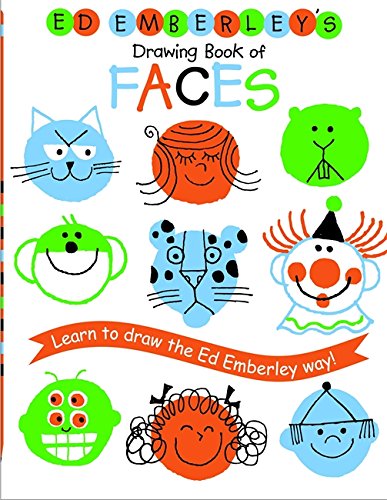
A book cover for Ed Emberley's Drawing Book of Faces (REPACKAGED) (Ed Emberley Drawing Books); Ed Emberley; Children's Books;